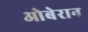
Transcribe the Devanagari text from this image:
ओबेरान